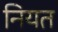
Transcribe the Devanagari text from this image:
नियत